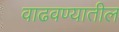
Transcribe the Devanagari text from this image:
वाढवण्यातील